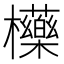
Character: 㰛